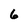
Character: 6